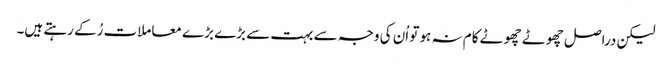
لیکن دراصل چھوٹے چھوٹے کام نہ ہو تو اُن کی وجہ سے بہت سے بڑے بڑے معاملات رُکے رہتے ہیں۔